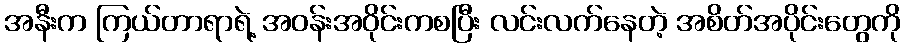
အနီးက ကြယ်တာရာရဲ့ အဝန်းအဝိုင်းကစပြီး လင်းလက်နေတဲ့ အစိတ်အပိုင်းတွေကို